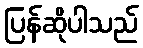
ပြန်ဆိုပါသည်